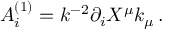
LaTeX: A _ { i } ^ { ( 1 ) } = k ^ { - 2 } \partial _ { i } X ^ { \mu } k _ { \mu } \, .